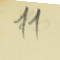
11